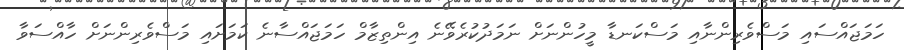
ހަމަޖައްސައި މަސްވެރިންނާއި މަސްކަނޑާ މީހުންނަށް ނަމަދުކުރެވޭނެ އިންތިޒާމް ހަމަޖައްސާނެ ކަމަށައި މަސްވެރިންނަށް ހާއްސަވާ